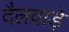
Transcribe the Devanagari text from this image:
दैलवाड़े